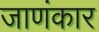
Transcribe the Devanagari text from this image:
जाणंकार